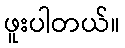
ဖူးပါတယ်။